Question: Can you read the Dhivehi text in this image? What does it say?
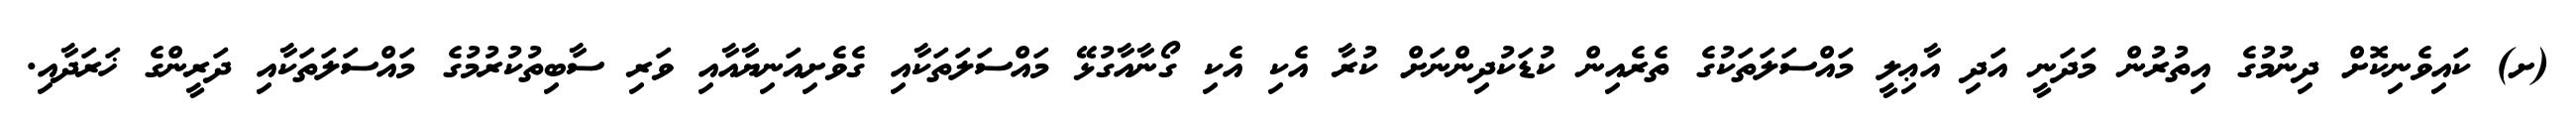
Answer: (ށ) ކައިވެނިކޮށް ދިނުމުގެ އިތުރުން މަދަނީ އަދި އާޢިލީ މައްސަލަތަކުގެ ތެރެއިން ކުޑަކުދިންނަށް ކުރާ އެކި އެކި ގޯނާއާގުޅޭ މައްސަލަތަކާއި ގެވެށިއަނިޔާއާއި ވަރި ސާބިތުކުރުމުގެ މައްސަލަތަކާއި ދަރީންގެ ޚަރަދާއި.